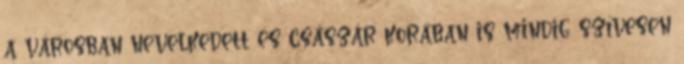
a városban nevelkedett és császár korában is mindig szívesen